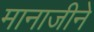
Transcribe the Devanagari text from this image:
मानाजीने